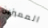
المميزين